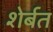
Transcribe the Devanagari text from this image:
शेर्बत